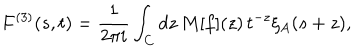
F ^ { ( 3 ) } ( s , t ) = \frac { 1 } { 2 \pi i } \int _ { C } d z \, M [ f ] ( z ) \, t ^ { - z } \zeta _ { A } ( s + z ) ,